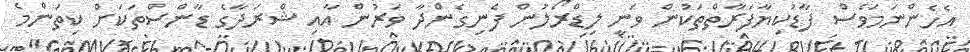
އެހެންނަމަވެސް ފާޑުކިޔާފަރާތްތަކުން ވަނީ ލިޑްރޯލުން ފެނިގެންދާ ވަރުން އާއި ޝްރަދާގެ ޑާންސްތަކަށް ކިތަންމެ